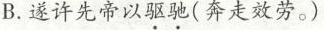
B.遂许先帝以驱驰(奔走效劳。)